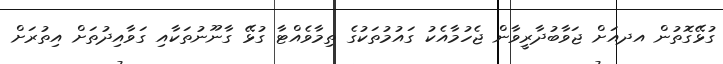
ގުޅޭގޮތުން އދއަށް ޖަވާބުދާރީވާން ޖެހުމާއެކު ގައުމުތަކުގެ ތިމާވެއްޓާ ގުޅޭ ގާނޫނުތަކާއި ގަވާއިދުތަށް އިތުރަށް